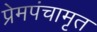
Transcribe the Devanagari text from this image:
प्रेमपंचामृत